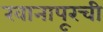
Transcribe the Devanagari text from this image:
खानापूरची